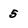
Character: 5